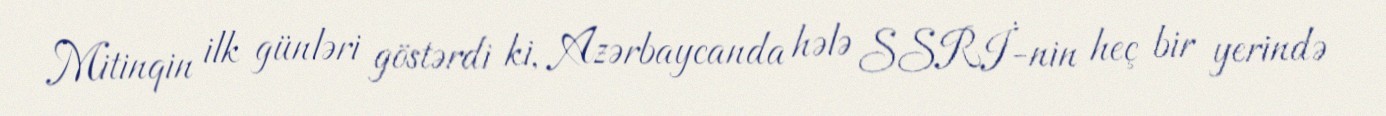
Mitinqin ilk günləri göstərdi ki, Azərbaycanda hələ SSRİ-nin heç bir yerində